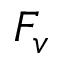
F _ { v }